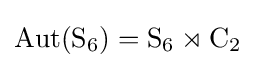
\operatorname {Aut} (\mathrm {S} _{6})=\mathrm {S} _{6}\rtimes \mathrm {C} _{2}